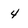
Character: 4